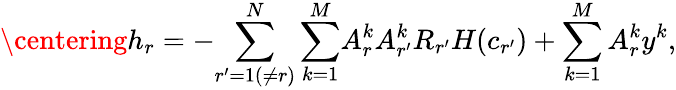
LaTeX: \centering h_{r}=-{\sum_{r^{\prime}=1(\neq r)}^{N}\sum_{k=1}^{M}}A_{r}^{k}A_{r^{\prime}}^{k}R_{r^{\prime}}H(c_{r^{\prime}})+\sum_{k=1}^{M}A_{r}^{k}y^{k},